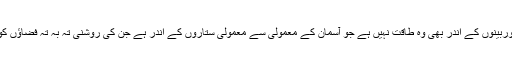
سائنس کی ایجاد کردہ بڑی سے بڑی دوربینوں کے اندر بھی وہ طاقت نہیں ہے جو آسمان کے معمولی سے معمولی ستاروں کے اندر ہے جن کی روشنی تہ بہ تہ فضاؤں کو چیرتی ہوئی زمین تک پہنچ جاتی ہے۔